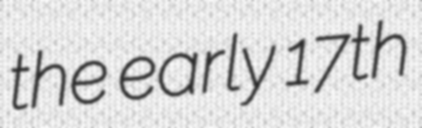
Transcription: the early 17th